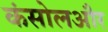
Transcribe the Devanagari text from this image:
कंसोलऔर